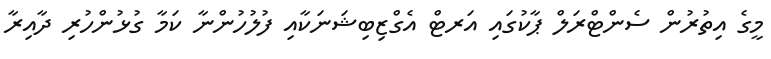
މީގެ އިތުރުން ސެންޓްރަލް ޕާކުގައި އަރޓް އެގްޒިބިޝަނަކާއި ފުލުހުންނާ ކަމާ ގުޅުންހުރި ދާއިރާ